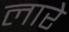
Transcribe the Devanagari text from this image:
लारे